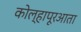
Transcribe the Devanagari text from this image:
कोल्हापूरआता